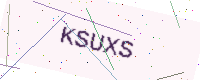
Text: KSUXS